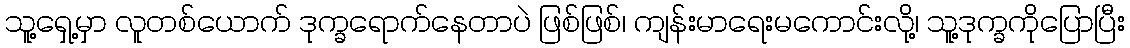
သူ့ရှေ့မှာ လူတစ်ယောက် ဒုက္ခရောက်နေတာပဲ ဖြစ်ဖြစ်၊ ကျန်းမာရေးမကောင်းလို့၊ သူ့ဒုက္ခကိုပြောပြီး